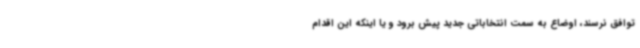
توافق نرسند، اوضاع به سمت انتخاباتی جدید پیش برود و یا اینکه این اقدام